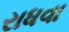
રાધવા